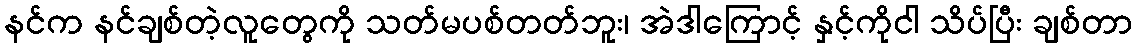
နင်က နင်ချစ်တဲ့လူတွေကို သတ်မပစ်တတ်ဘူး၊ အဲဒါကြောင့် နှင့်ကိုငါ သိပ်ပြီး ချစ်တာ